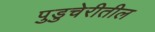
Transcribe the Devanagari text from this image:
पुडुचेरीतील